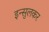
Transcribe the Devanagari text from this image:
इन्सुलकर